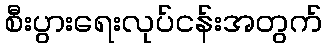
စီးပွားရေးလုပ်ငန်းအတွက်